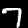
Digit: 7